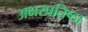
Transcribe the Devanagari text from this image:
अक्षरप्रतिष्ठा